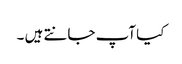
کیا آپ جانتے ہیں ۔